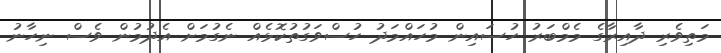
މަތިވެރި ދާއިރާގެ މެމްބަރު ހުސައިން މުހައްމަދު ހުސްވަގުތުކޮޅެއް ނެގުމަށް އެދުމުން ވެސް ނިހާނު